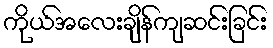
ကိုယ်အလေးချိန်ကျဆင်းခြင်း